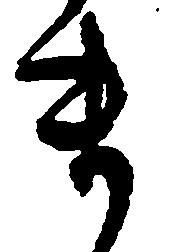
ま